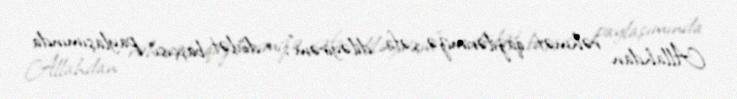
Allahdan rəhmət, qazilərimizə şəfa diləyirəm”, - dövlət başçısı paylaşımında